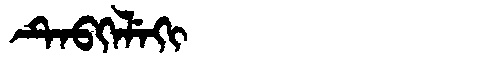
Manchu: ᡨᡝᠪᡴᡝᠯᡝᡴᡳ
Romanization: TEBKELEKI